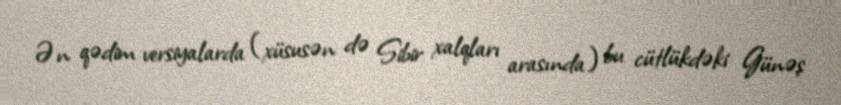
Ən qədim versiyalarda (xüsusən də Sibir xalqları arasında) bu cütlükdəki Günəş